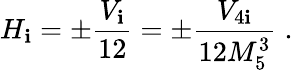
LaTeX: H_{\mathbf{i}}=\pm\frac{{V_{\mathbf{i}}}}{{12}}=\pm\frac{{V_{4\mathbf{i}}}}{{12M_{5}^{3}}}\; .